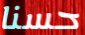
حسنا